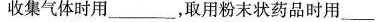
收集气体时用___，取用粉末状药品时用___，